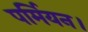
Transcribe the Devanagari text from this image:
पर्मियन।